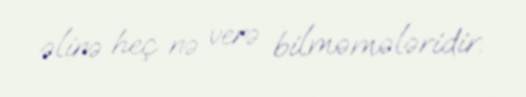
əlinə heç nə verə bilməmələridir.